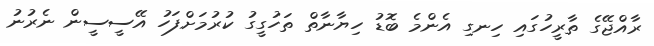
ރާއްޖޭގެ ތާރީހުގައި ހިނގި އެންމެ ބޮޑު ހިޔާނާތް ތަހުގީގު ކުރުމަށްފަހު އޭސީސީން ނެރުނު